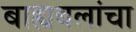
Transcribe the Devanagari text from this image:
बाह्यबलांचा